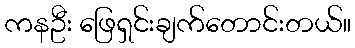
ကနဦး ဖြေရှင်းချက်တောင်းတယ်။